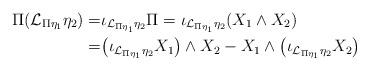
LaTeX: \begin{align*}\Pi(\mathcal{L}_{\Pi\eta_1}\eta_2)=&\iota_{\mathcal{L}_{\Pi\eta_1}\eta_2}\Pi=\iota_{\mathcal{L}_{\Pi\eta_1}\eta_2}(X_1\wedge X_2)\\ =&\big(\iota_{\mathcal{L}_{\Pi\eta_1}\eta_2} X_1\big)\wedge X_2- X_1\wedge\big(\iota_{\mathcal{L}_{\Pi\eta_1}\eta_2} X_2\big)\end{align*}